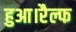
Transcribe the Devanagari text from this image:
हुआ।रैल्फ